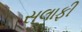
સલાફી